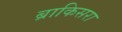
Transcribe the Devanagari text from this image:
ब्राकिसरा